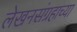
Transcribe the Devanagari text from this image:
लेखनसंग्रहाच्या